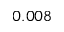
0 . 0 0 8